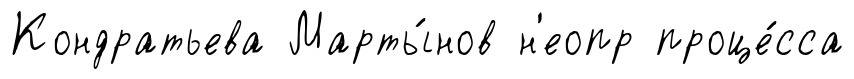
Кондратьева Марты́нов н'еопр проце́сса